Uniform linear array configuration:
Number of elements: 12
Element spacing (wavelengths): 0.5
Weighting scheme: exponential
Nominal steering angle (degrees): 30
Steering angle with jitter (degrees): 31.657
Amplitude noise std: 0.05
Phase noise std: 0.05

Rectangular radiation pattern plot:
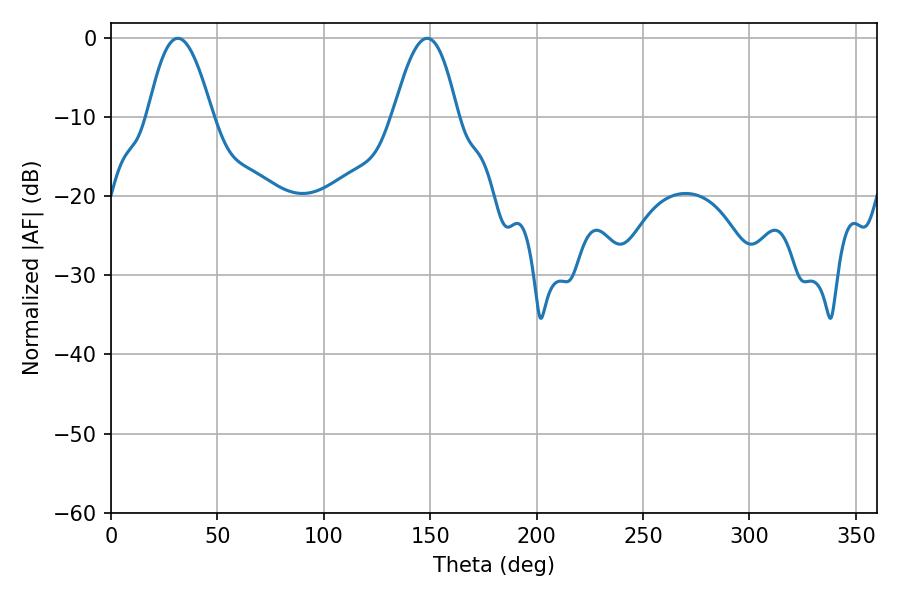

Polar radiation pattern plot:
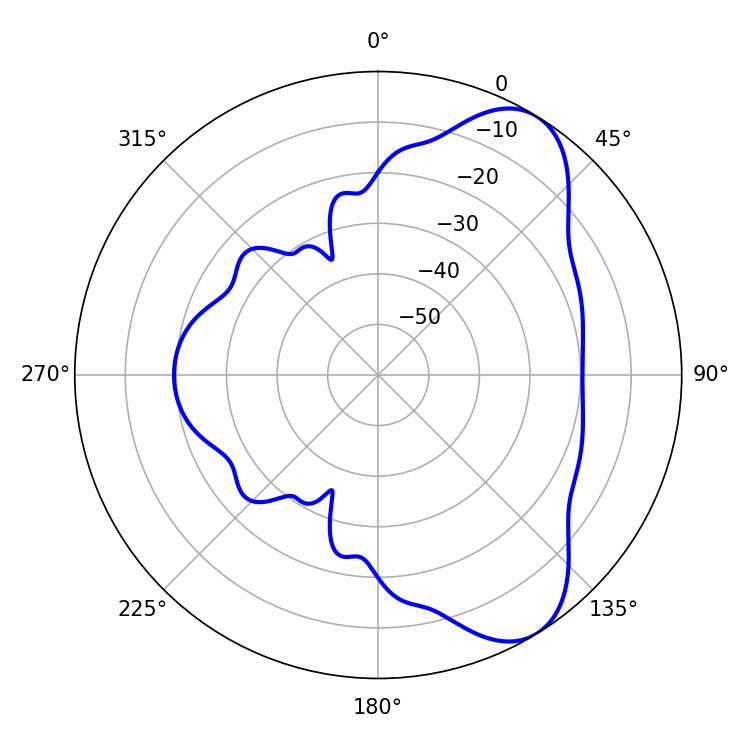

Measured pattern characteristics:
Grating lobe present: FALSE
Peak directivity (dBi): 7.584
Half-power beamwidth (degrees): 16.38
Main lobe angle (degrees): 31.5